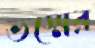
ভস্মের